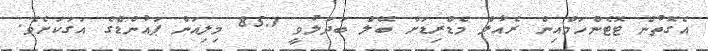
އެގޮތުން ޓޮޓެންހަމްއިން ރެއާލް މެޑްރިޑަށް ބޭލް ބަދަލުވީ 85.1 މިލިއަން ޕައުންޑްގެ އަގަކަށެވެ.